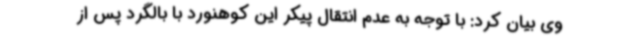
وی بیان کرد: با توجه به عدم انتقال پیکر این کوهنورد با بالگرد پس از